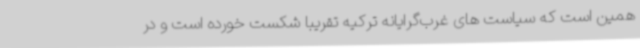
همین است که سیاست های غرب‌گرایانه ترکیه تقریباً شکست خورده است و در